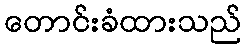
တောင်းခံထားသည်